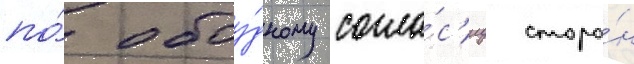
по́ обоу́дному согла́с'иу сторо́н